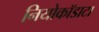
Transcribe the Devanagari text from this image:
नियोकॉडाटा